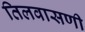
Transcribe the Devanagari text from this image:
तिलवासणी